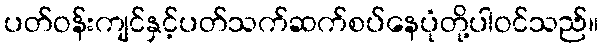
ပတ်ဝန်းကျင်နှင့်ပတ်သက်ဆက်စပ်နေပုံတို့ပါဝင်သည်။